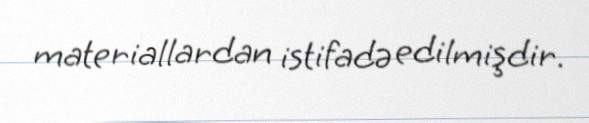
materiallardan istifadə edilmişdir.